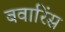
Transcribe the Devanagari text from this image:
बवारिंस